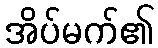
အိပ်မက်၏